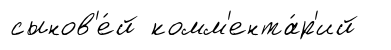
сынов'е́й комм'ента́р'ий